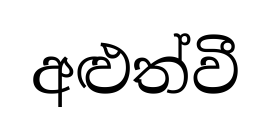
අළුත්වී